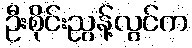
ဦးစိုင်းညွန့်လွင်က